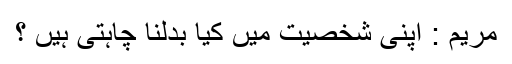
مریم : اپنی شخصیت میں کیا بدلنا چاہتی ہیں ؟